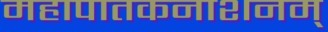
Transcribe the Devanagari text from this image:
महापातकनाशनम्‌